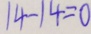
1 4 - 1 4 = 0